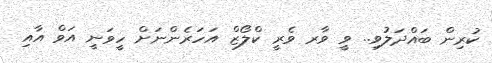
ކުރިން ބައްދަލުވި.. ވީ ވާރ ވެރީ ކްލޯޒް އަހަރެންނަށް ހީވަނީ އަވް އާއި